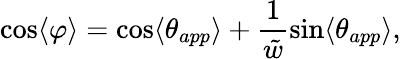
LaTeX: \cos\langle\varphi\rangle=\cos\langle\theta_{app}\rangle+\frac{1}{\tilde{w}}\sin\langle\theta_{app}\rangle,